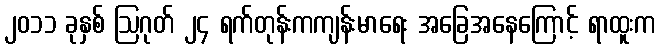
၂၀၁၁ ခုနှစ် ဩဂုတ် ၂၄ ရက်တုန်းကကျန်းမာရေး အခြေအနေကြောင့် ရာထူးက